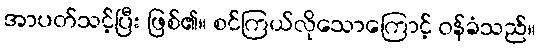
အာပတ်သင့်ပြီး ဖြစ်၏။ စင်ကြယ်လိုသောကြောင့် ဝန်ခံသည်။